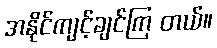
အနိုင်ကျင့်ချင်ကြ တယ်။